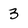
Character: 3